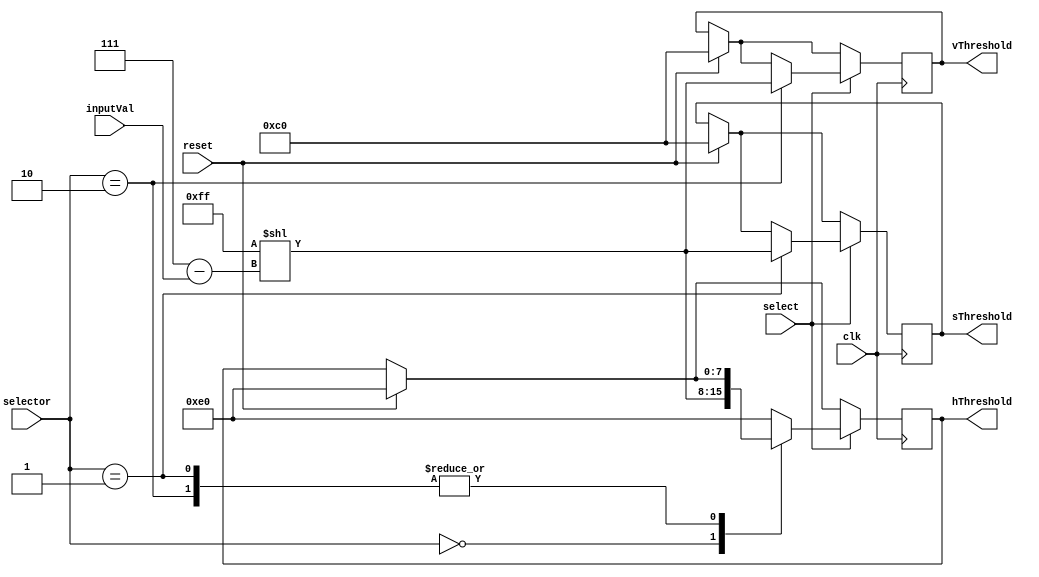
`timescale 1ns / 1ps
//////////////////////////////////////////////////////////////////////////////////
// Company: 
// Engineer: 
// 
// Design Name: 
// Module Name:    reductionThresholds 
// Project Name: 
// Target Devices: 
// Tool versions: 
// Description: 
//
// Dependencies: 
//
// Revision: 
// Revision 0.01 - File Created
// Additional Comments: 
//
//////////////////////////////////////////////////////////////////////////////////
module reductionThresholds(
	 input clk,
	 input reset,
	 input select,
    input [1:0] selector, // Selecting H/S/V to change, switch[1:0]
    input [2:0] inputVal, // Selecting number of shifts to the left
    output reg [7:0] hThreshold,
    output reg [7:0] sThreshold,
    output reg [7:0] vThreshold
    );
	 
	 parameter hue 			= 2'b00;
	 parameter saturation 	= 2'b01;
	 parameter value	 		= 2'b10;
		
	 
	 wire[7:0] ones = 8'b11111111;
	 wire[2:0] shift;
	 wire[7:0] threshold;
	 assign shift = 7-inputVal;
	 assign threshold = ones<<shift;
	 
	 
	 always @(posedge clk) begin
		if (reset) begin
			hThreshold <= 8'b11100000;
			sThreshold <= 8'b11000000;
			vThreshold <= 8'b11000000;
		end
		if (select) begin
			case(selector)
				hue: 			hThreshold <= threshold;
				saturation:	sThreshold <= threshold;
				value: 		vThreshold <= threshold;
				default: 	hThreshold <= 8'b11100000;
			endcase
		end
	end


endmodule